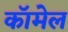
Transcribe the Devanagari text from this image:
कॉमेल